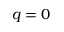
q = 0